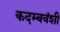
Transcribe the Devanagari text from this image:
कदम्बवंशी